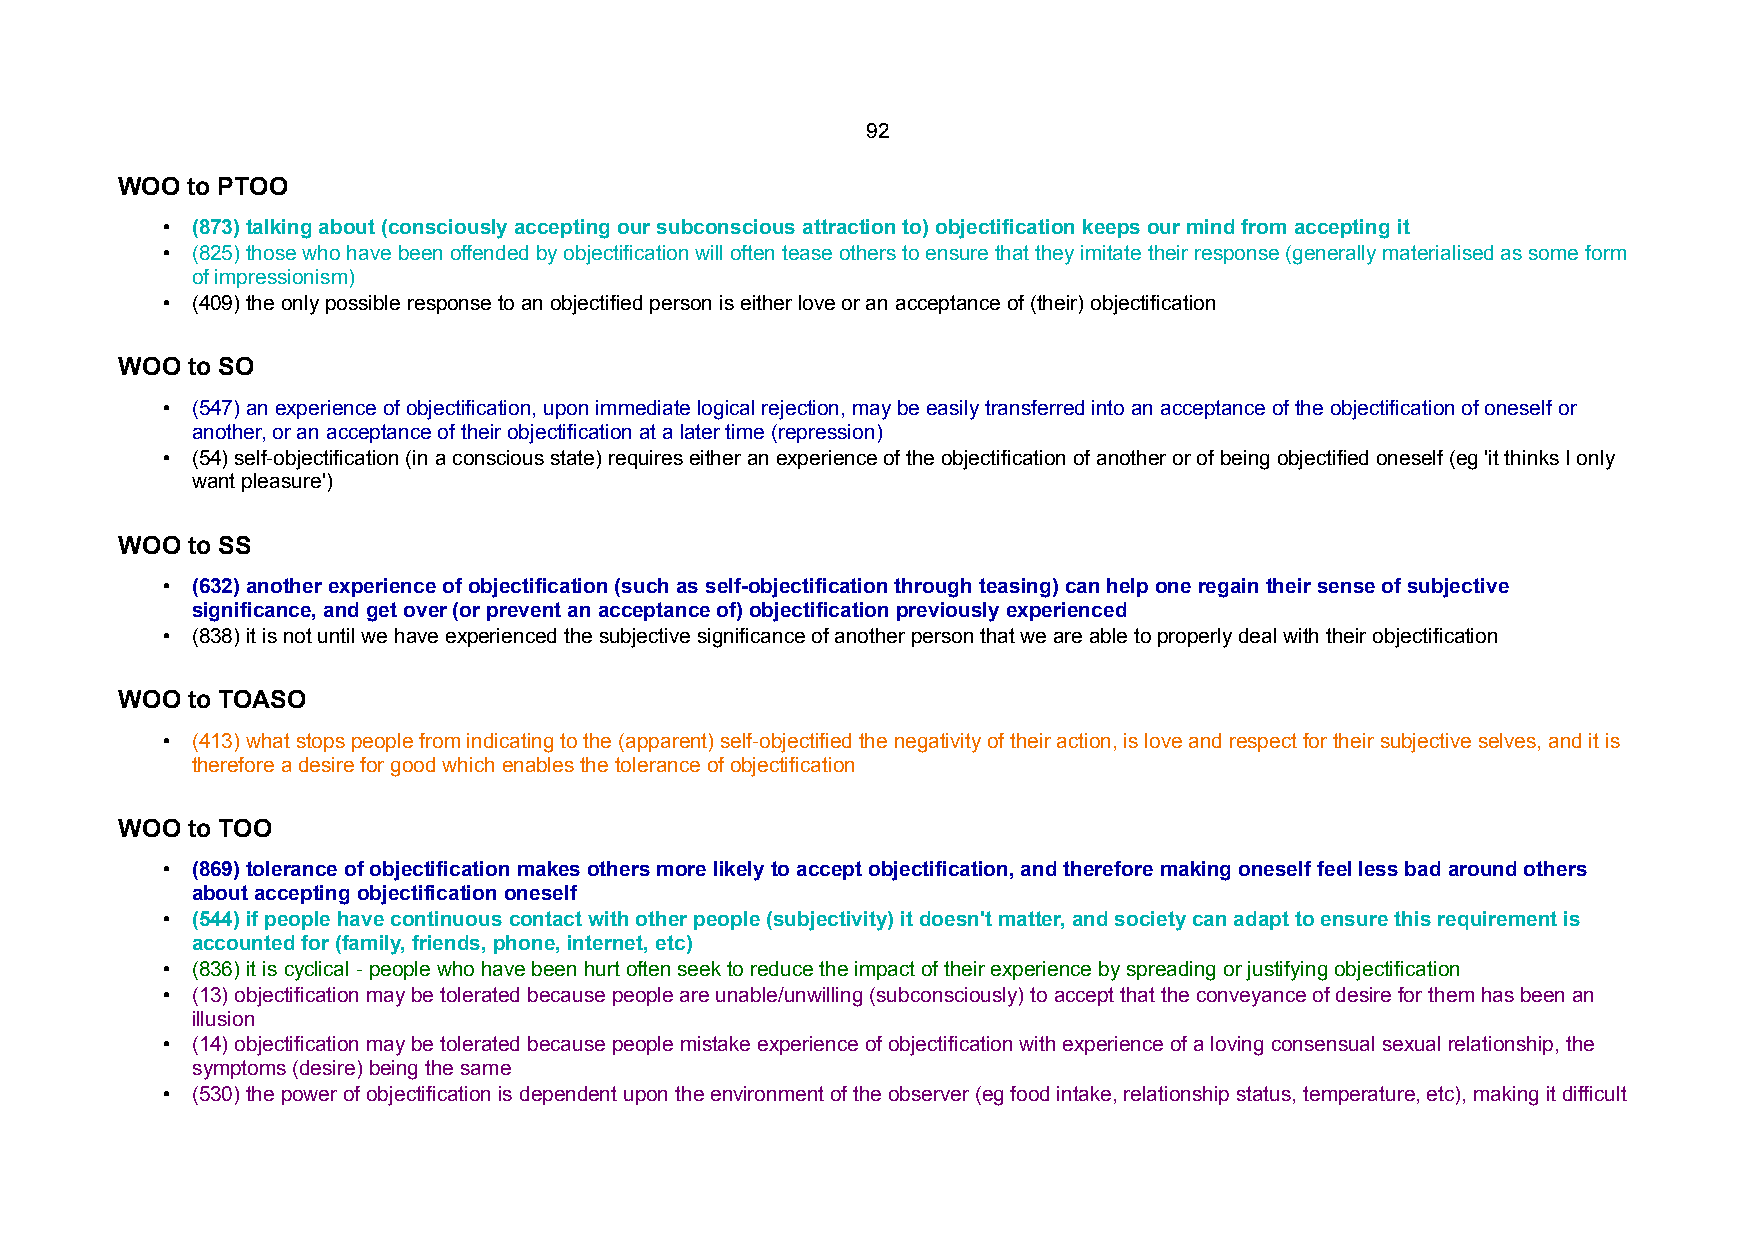
92
 WOO to PTOO
 • (873) talking about (consciously accepting our subconscious attraction to) objectification keeps our mind from accepting it
 • (825) those who have been offended by objectification will often tease others to ensure that they imitate their response (generally materialised as some form
 of impressionism)
 • (409) the only possible response to an objectified person is either love or an acceptance of (their) objectification
 WOO to SO
 • (547) an experience of objectification, upon immediate logical rejection, may be easily transferred into an acceptance of the objectification of oneself or
 another, or an acceptance of their objectification at a later time (repression)
 • (54) self-objectification (in a conscious state) requires either an experience of the objectification of another or of being objectified oneself (eg 'it thinks I only
 want pleasure')
 WOO to SS
 • (632) another experience of objectification (such as self-objectification through teasing) can help one regain their sense of subjective
 significance, and get over (or prevent an acceptance of) objectification previously experienced
 • (838) it is not until we have experienced the subjective significance of another person that we are able to properly deal with their objectification
 WOO to TOASO
 • (413) what stops people from indicating to the (apparent) self-objectified the negativity of their action, is love and respect for their subjective selves, and it is
 therefore a desire for good which enables the tolerance of objectification
 WOO to TOO
 • (869) tolerance of objectification makes others more likely to accept objectification, and therefore making oneself feel less bad around others
 about accepting objectification oneself
 • (544) if people have continuous contact with other people (subjectivity) it doesn't matter, and society can adapt to ensure this requirement is
 accounted for (family, friends, phone, internet, etc)
 • (836) it is cyclical - people who have been hurt often seek to reduce the impact of their experience by spreading or justifying objectification
 • (13) objectification may be tolerated because people are unable/unwilling (subconsciously) to accept that the conveyance of desire for them has been an
 illusion
 • (14) objectification may be tolerated because people mistake experience of objectification with experience of a loving consensual sexual relationship, the
 symptoms (desire) being the same
 • (530) the power of objectification is dependent upon the environment of the observer (eg food intake, relationship status, temperature, etc), making it difficult